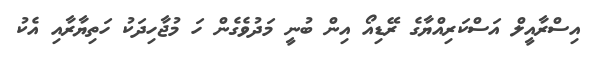
އިސްރާއީލް އަސްކަރިއްޔާގެ ރޭޑިއޯ އިން ބުނީ މަދުވެގެން ހަ މުޖާހިދަކު ހަތިޔާރާއި އެކު